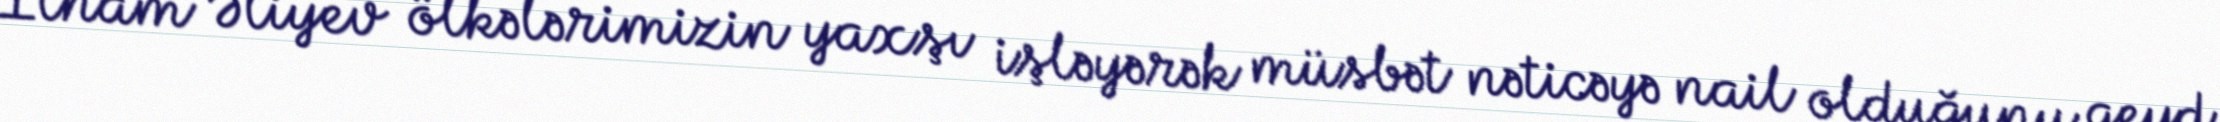
İlham Əliyev ölkələrimizin yaxşı işləyərək müsbət nəticəyə nail olduğunu qeyd